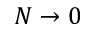
N \rightarrow 0